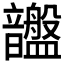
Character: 𥃚